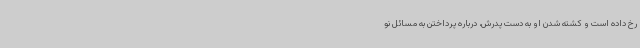
رخ داده است و کشته شدن او به دست پدرش، درباره پرداختن به مسائل نو